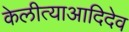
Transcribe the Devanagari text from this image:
केलीत्याआदिदेव